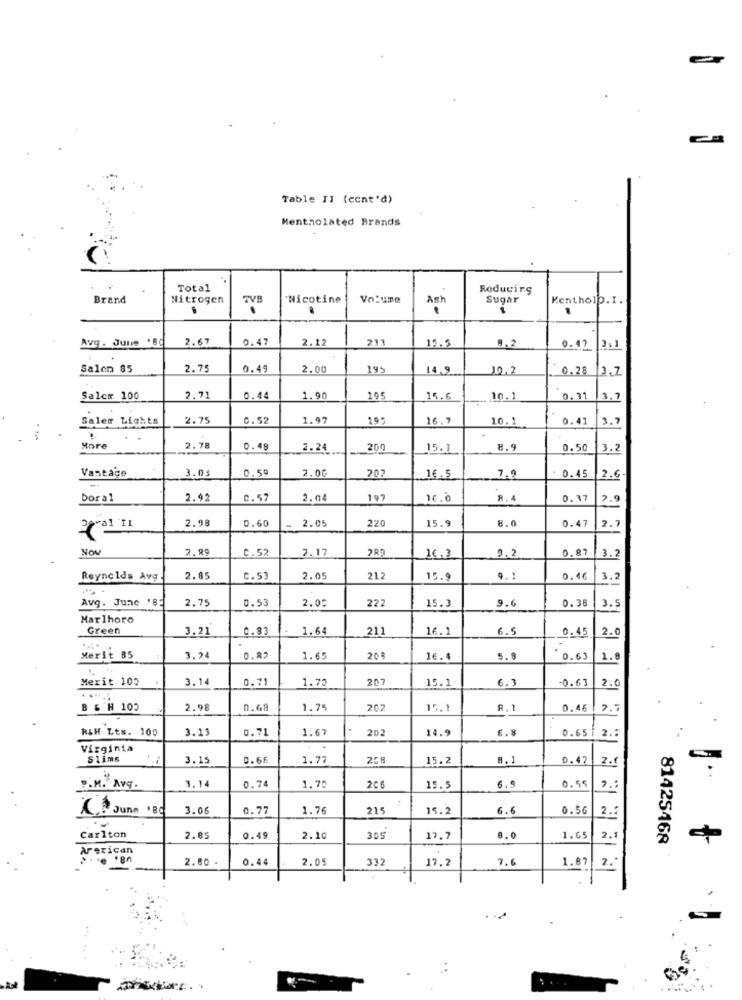
Table Il (cont'd)
Mentholated Brands
Total
Reducirg
Brand
Nitrogen
TVB
"Nicotine
Volume
Ash
Sugar
Kenthelp.I.
.
Avg . Junie '80
2.67
0.47
2.12
233
19.5
0.12 3.1
Salen 85
2.75
0.49
2.00
195
14,9
10.2
0.28 3.7
Salcm 100
2.71
0.44
1.90
195
15.6
10.1
0.31
3.7
Saler Lights
2.75
0.52
1.97
19-
16.7
10.1
0.41
3.7
.
More
2.78
0.48
2.24
200
15.1
8.9
0.50
3.2
Vantage
0.59
2.0G
3.05
202
16.5
7.9
0.45
2.6
bor al
2.92
C.57
2.04
197
R .
0.37
7.9
2.98
0.60
2.05
220
15.9
8.0
0.47
2.7
NON
2.99
C. 52
2.17
289
9.2
0.87
16.3
3.2
Reynolds Avg
2.85
C.53
2.05
212
15.9
4.1
0.46
3.2
Avg. June '85
2.75
0.53
2.05
222
15.3
9.6
0.38
3.5
Marlhoro
Green
3.21
0.83
1.64
211
16.1
6.5
0.45
2.0
Merit 85
3.24
0.82
1.65
208
16.4
5.9
. 0.62
1.8
Merit 103
3.14
0.71
1.70
207
15.1
6.3
-0.63
2.0
B & H 105
2.98
0.68
1.75
202
15,1
8.1
0.46
2.7
R&H Lts. 100
3.13
0.71
1.67
202
14.9
6.8
0.65 |
2.2
Virginia
Slims
3.15
0.66
1.77
15.2
8. 1
0.47
2.1
3.14
P.M. Avy.
0. 74
1.70
206
15.5
6.9
0.55
" .:
3.06
0.77
1.76
215
15.2
6.6
0.56
2.
Carlton
2.85
0.49
2.10
305
17.7
8.0
1.65
2.
81425468
Arerican
2.80 -
0.44
2.05
332
17.2
7.6
1.87 2.